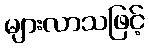
များလာသဖြင့်